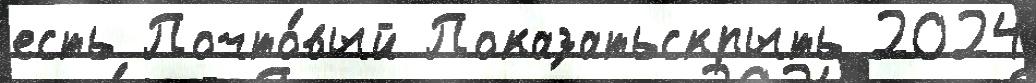
есть Почто́вый Показатьскрыть 2024